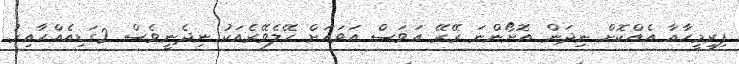
ފިރިމީހާއާ އެއްކޮށް ނިދަން އޮށޯންނަ ރޭރޭ އަވަސް އަވަހަށް ހޭލެވޭރެއަކު ނިދެނީވެސް 2ގަޑިއެއްހާއިރު.